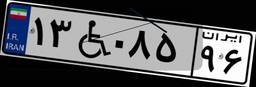
۱۳W۰۸۵۹۶